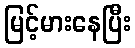
မြင့်မားနေပြီး